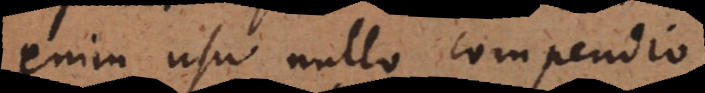
enim usu, nullo compendio